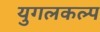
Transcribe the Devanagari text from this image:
युगलकल्प